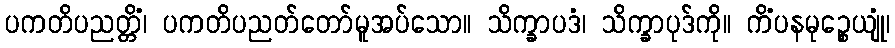
ပကတိပညတ္တိံ၊ ပကတိပညတ်တော်မူအပ်သော။ သိက္ခာပဒံ၊ သိက္ခာပုဒ်ကို။ ကိံပနမုဉ္စေယျုံ၊